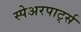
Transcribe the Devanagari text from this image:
स्पेअरपार्ट्स